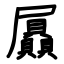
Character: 屭